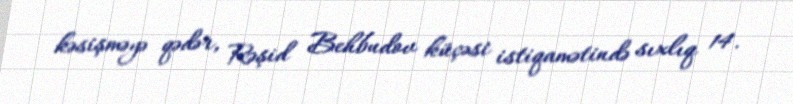
kəsişməyə qədər, Rəşid Behbudov küçəsi istiqamətində sıxlıq 14.